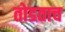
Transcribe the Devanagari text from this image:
तोडताच